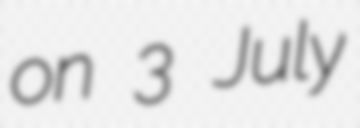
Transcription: on 3 July